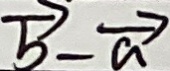
\overrightarrow { b } - \overrightarrow { a }